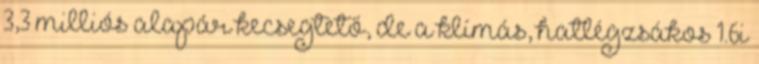
3,3 milliós alapár kecsegtető, de a klímás, hatlégzsákos 1.6i